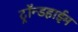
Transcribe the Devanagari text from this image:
ट्रॉन्डहाईम